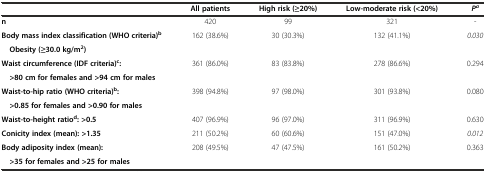
<table><thead><tr><td></td><td><b>All patients</b></td><td><b>High risk (≥20%)</b></td><td><b>Low-moderate risk (&lt;20%)</b></td><td><b><i>P</i><sup><i>a</i></sup></b></td></tr></thead><tbody><tr><td><b>n</b></td><td>420</td><td>99</td><td>321</td><td>-</td></tr><tr><td><b>Body mass index classification (WHO criteria)</b><sup><b>b</b></sup></td><td>162 (38.6%)</td><td>30 (30.3%)</td><td>132 (41.1%)</td><td><i>0.030</i></td></tr><tr><td> <b>Obesity (≥30.0 kg/m</b><sup><b>2</b></sup><b>)</b></td><td colspan="4"></td></tr><tr><td><b>Waist circumference (IDF criteria)</b><sup><b>c</b></sup><b>:</b></td><td>361 (86.0%)</td><td>83 (83.8%)</td><td>278 (86.6%)</td><td>0.294</td></tr><tr><td> <b>&gt;80 cm for females and &gt;94 cm for males</b></td><td colspan="4"></td></tr><tr><td><b>Waist-to-hip ratio (WHO criteria)</b><sup><b>b</b></sup><b>:</b></td><td>398 (94.8%)</td><td>97 (98.0%)</td><td>301 (93.8%)</td><td>0.080</td></tr><tr><td> <b>&gt;0.85 for females and &gt;0.90 for males</b></td><td colspan="4"></td></tr><tr><td><b>Waist-to-height ratio</b><sup><b>d</b></sup><b>: &gt;0.5</b></td><td>407 (96.9%)</td><td>96 (97.0%)</td><td>311 (96.9%)</td><td>0.630</td></tr><tr><td><b>Conicity index (mean): &gt;1.35</b></td><td>211 (50.2%)</td><td>60 (60.6%)</td><td>151 (47.0%)</td><td><i>0.012</i></td></tr><tr><td><b>Body adiposity index (mean):</b></td><td>208 (49.5%)</td><td>47 (47.5%)</td><td>161 (50.2%)</td><td>0.363</td></tr><tr><td> <b>&gt;35 for females and &gt;25 for males</b></td><td colspan="4"></td></tr></tbody></table>